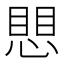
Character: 愳